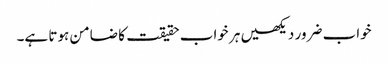
خواب ضرور دیکھیں ہر خواب حقیقت کا ضامن ہوتا ہے۔